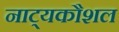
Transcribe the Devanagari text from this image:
नाट्यकौशल